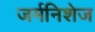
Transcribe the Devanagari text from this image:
जर्मनिशेज